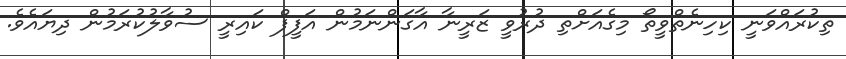
ތިކުރައްވަނީ ކިހިނެތްވީތޯ މިގެއަށްތި ދުރުވީ ޒަރީނާ އާގަންނަމުން އަފީފް ކައިރީ ސުވާލުކުރަމުން ދިޔައެވެ.